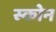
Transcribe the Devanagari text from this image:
स्कोन